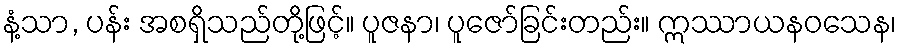
နံ့သာ, ပန်း အစရှိသည်တို့ဖြင့်။ ပူဇနာ၊ ပူဇော်ခြင်းတည်း။ ဣဿာယနဝသေန၊